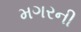
મગરની